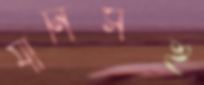
যানিসহ